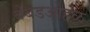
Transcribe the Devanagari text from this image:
बेबडओहळ